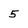
Character: 5